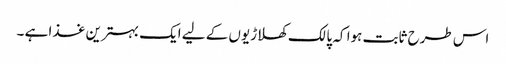
اس طرح ثابت ہوا کہ پالک کھلاڑیوں کے لیے ایک بہترین غذا ہے ۔